Indian Medical Review
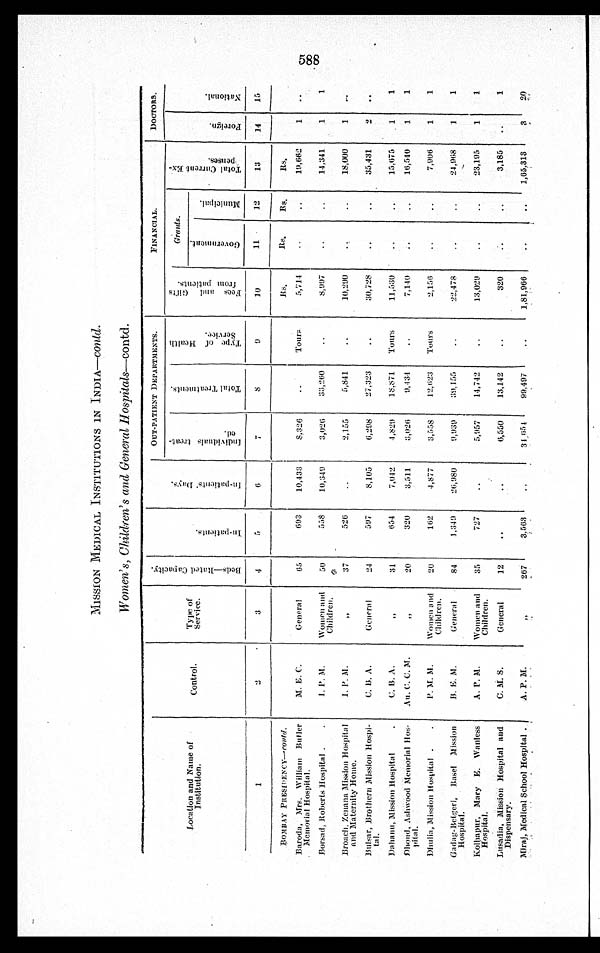
MISSION MEDICAL INSTITUTIONS IN INDIA- Conld
Women's, Children's and General Hospitals-contd.
OUT-PATIENT DEPARTMENTS FINANCIAL. DOCTORS.
L o c a t i o n a n d N a m e o f I n s t i t u t i o n .
C o n t r o l .
T y p e o f S e r v i c e .
B e d s - R a t e d C a p a c i t y .
I n - P a t i e n t s . I n d i v i d u a l s t r e a t e d .
T o t a l t r e a t m e n t . T y p e s o f H e a l t h S e r v i c e .
F e e s a n d G i f t s f r o m P a t i e n t s . G o v e r n m e n t . M u n i c i p a l .
T o t a l C u r r e n t E x p e n s e s . F o r e i g n . N a t i o n a l . F i n a n c i a l G r a n t s . D o c t o r s .
BOMBAY PRESIDENCY—c o n l d
.
R s .
R s . Rs. Rs.
Baroda, Mrs. Wi l l i am Butl er
Memori al Hospi tal .
M. E. C. General 65 693 10, 433 8, 3 2 6
Tours 5, 714
19, 662 1
Borsad, Roberts Hospi tal . .
I . P . M . Women and
Chi l dren. 50 558 10, 349 3, 026 33, 260
8 , 9 9 7
14, 341 1 1
Broach. Zenana Mission Hospital
and Mat er ni t y Mat er ni t y Home.
I . P . M .
37 526
2, 155 5, 841
10, 290
18, 000 1
Bul sar, Brothern Mi ssi on Hospi -
tal .
C. B. A.
G e n e r a l 24 597 8, 105 6, 298 27, 323
30. 728
35, 431
D a h a n u M i s s i o n H o s p i t a l
C. B. A.
" 31
654 7, 042
4 , 8 2 9 18. 871 Tours 11, 530
15, 675 1 1
D h o n d , A s h w O O d
M e m o r i a l H o s
-
pi tal .
Au. C. C. M.
20 320 3. 511 3, 020 9, 434
7, 140
16, 540
1
Dhul i a, Mi ssi on Hospi tal
P . M . M . Women and
Chi l dren. 20 162 4,877 3, 558 12, 623 Tours 2, 156
7, 906 1 1
G a d a g - B e t g e r i ,
B a s e l
M i s s i o n
Hospi tal .
B. E. M.
G e n e r a l 84 1, 349 26, 980 9, 939 39. 155
22, 478
24, 968 1 1
Kol hapur, Mary E. Wanl ess
Hospi tal .
A. P. M. Women and
Chi l dren. 35 727
5, 957 14, 742
13, 029
23, 195 1 1
Lusadi a, Mi ssi on Hospi tal and
Di spensary.
C. M. S.
General 12
6, 550 13, 142
320
3, 185
1
Mi raj , Medi cal School Hospi tal . A. P. M.
267 3,563
31, 1151 99. 497
1, 81, 966
1, 65, 313 3 20